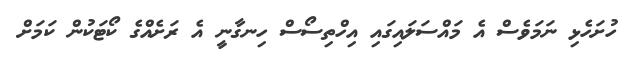
ހުށަހެޅި ނަމަވެސް އެ މައްސަލައިގައި އިހްތިސޯސް ހިނގާނީ އެ ރަށެއްގެ ކޯޓަކުން ކަމަށް